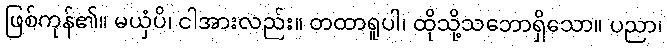
ဖြစ်ကုန်၏။ မယှံပိ၊ ငါအားလည်း။ တထာရူပါ၊ ထိုသို့သဘောရှိသော။ ပညာ၊